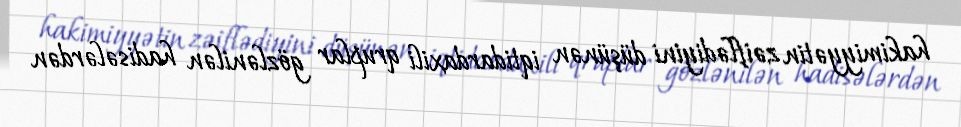
hakimiyyətin zəiflədiyini düşünən iqtidardaxili qruplar gözlənilən hadisələrdən